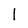
Character: l